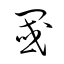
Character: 閾